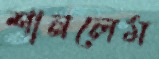
শানলেম